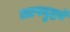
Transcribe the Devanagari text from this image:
आपदुद्धर्त्रे